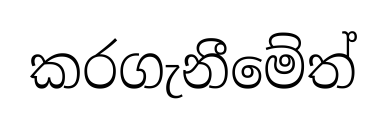
කරගැනීමේත්